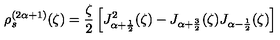
\rho _ { s } ^ { ( 2 \alpha + 1 ) } ( \zeta ) = \frac { \zeta } { 2 } \left[ J _ { \alpha + \frac { 1 } { 2 } } ^ { 2 } ( \zeta ) - J _ { \alpha + \frac { 3 } { 2 } } ( \zeta ) J _ { \alpha - \frac { 1 } { 2 } } ( \zeta ) \right]